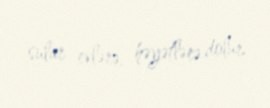
sular evlərə, həyətlərə dolur.